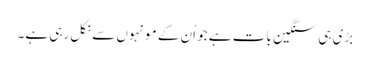
بڑی ہی سنگین بات ہے جو اُن کے مونہوں سے نکل رہی ہے۔